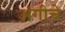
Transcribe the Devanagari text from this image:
अंगीचे